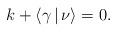
LaTeX: \begin{align*} k+\langle\gamma\,\vert\,\nu\rangle=0.\end{align*}